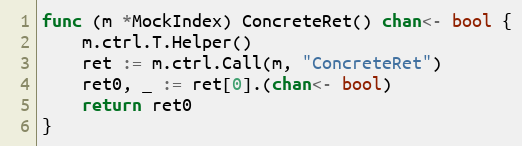
Language: Go
func (m *MockIndex) ConcreteRet() chan<- bool {
	m.ctrl.T.Helper()
	ret := m.ctrl.Call(m, "ConcreteRet")
	ret0, _ := ret[0].(chan<- bool)
	return ret0
}